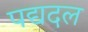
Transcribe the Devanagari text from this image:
पद्यदल